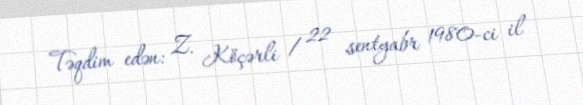
Təqdim edən: Z. Köçərli / 22 sentyabr 1980-ci il